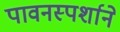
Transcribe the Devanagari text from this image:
पावनस्पर्शाने